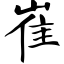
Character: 崔